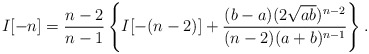
\begin{align*}I[-n] = \frac{n-2}{n-1} \left\{ I[-(n-2)]+\frac{(b-a)(2\sqrt{ab})^{n-2}} {(n-2)(a+b)^{n-1}} \right\} . \end{align*}